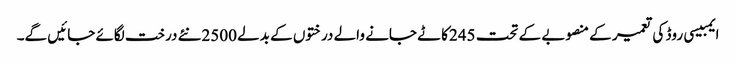
ایمبیسی روڈ کی تعمیر کے منصوبے کے تحت 245کاٹے جانے والے درختوں کے بدلے 2500نئے درخت لگائے جائیں گے۔